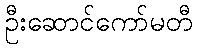
ဦးဆောင်ကော်မတီ